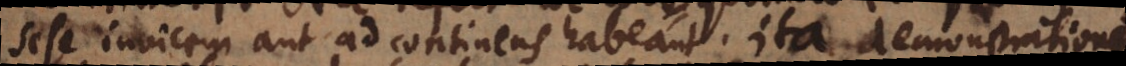
sese invicem aut ad continens habeant. Ita demonstrationes